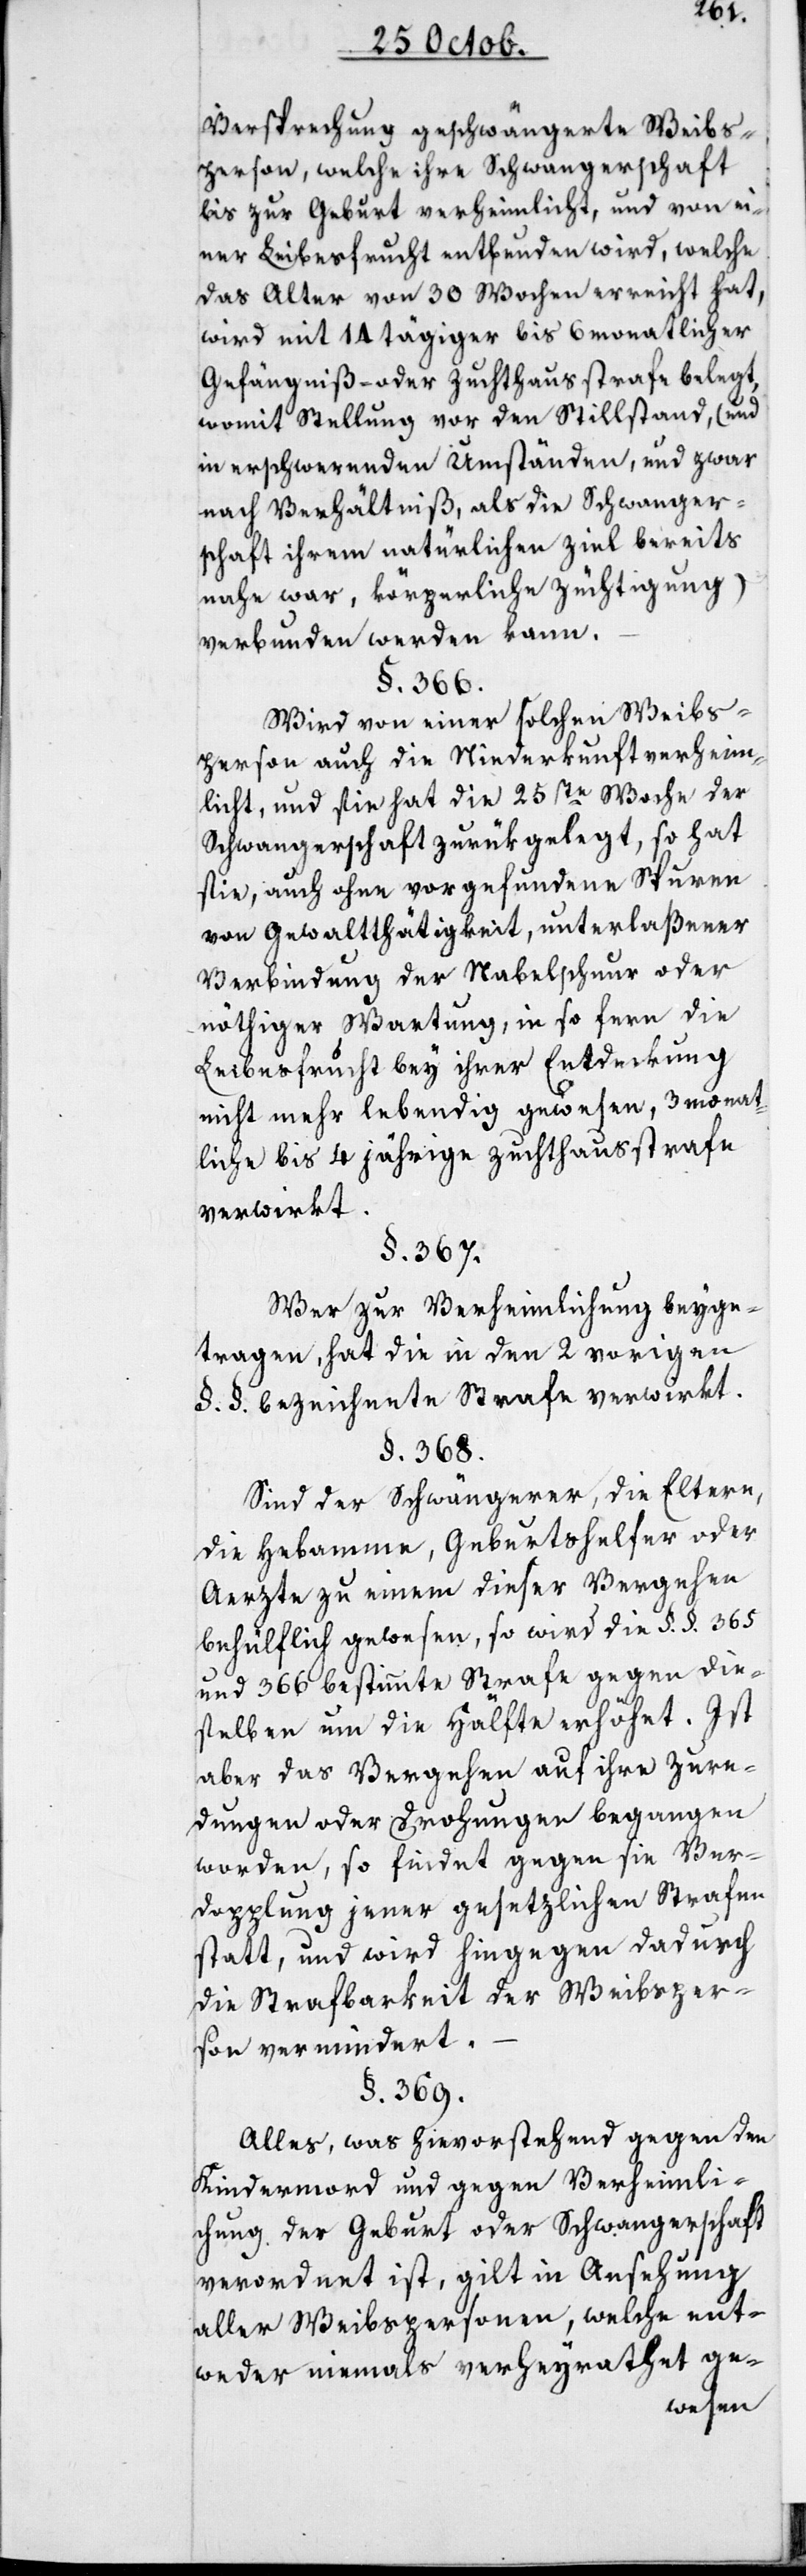
Versprechung geschwängerte Weibs¬
person, welche ihre Schwangerschaft
bis zur Geburt verheimlicht, und von ei¬
ner Leibesfrucht entbunden wird, welche
das Alter von 30 Wochen erreicht hat,
wird mit 14 tägiger bis 6 monatlicher
Gefängniß- oder Zuchthausstrafe belegt,
womit Stellung vor den Stillstand, (und
in erschwerenden Umständen, und zwar
nach Verhältniß, als die Schwanger¬
schaft ihrem natürlichen Ziel bereits
nahe war, körperliche Züchtigung)
verbunden werden kann.
§. 366.
Wird von einer solchen Weibs¬
person auch die Niederkunft verheim¬
licht, und sie hat die 25ste Woche der
Schwangerschaft zurükgelegt, so hat
sie, auch ohne vorgefundene Spuren
von Gewaltthätigkeit, unterlaßener
Verbindung der Nabelschnur oder
nöthiger Wartung, in so fern die
Leibesfrucht bey ihrer Entdeckung
nicht mehr lebendig gewesen, 3 monat¬
liche bis 4 jährige Zuchthausstrafe
verwirkt.
§. 367.
Wer zur Verheimlichung beyge¬
tragen, hat die in den 2 vorigen
§. §. bezeichnete Strafe verwirkt.
§. 368.
Sind der Schwängerer, die Eltern,
die Hebamme, Geburtshelfer oder
Aerzte zu einem dieser Vergehen
behülflich gewesen, so wird die §. §. 365
und 366 bestimmte Strafe gegen die¬
selben um die Hälfte erhöhet. Ist
aber das Vergehen auf ihre Zure¬
dungen oder Drohungen begangen
worden, so findet gegen sie Ver¬
dopplung jener gesetzlichen Strafe
statt, und wird hingegen dadurch
die Strafbarkeit der Weibsper¬
son vermindert.
§. 369.
Alles was hievorstehend gegen den
Kindermord und gegen Verheimli¬
chung der Geburt oder Schwangerschaft
verordnet ist, gilt in Ansehung
aller Weibspersonen, welche ent¬
weder niemals verheyrathet ge-